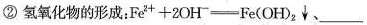
②氢氧化物的形成：$$Fe^{2+}+2OH^{-}=Fe(OH)_{2}\downarrow $$、___